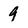
Character: 9